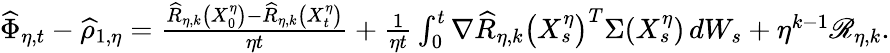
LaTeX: \begin{array}{r}{\widehat{\Phi}_{\eta,t}-\widehat{\rho}_{1,\eta}=\frac{\widehat{R}_{\eta,k}\left(X_{0}^{\eta}\right)-\widehat{R}_{\eta,k}\left(X_{t}^{\eta}\right)}{\eta t}+\frac{1}{\eta t}\int_{0}^{t}\nabla\widehat{R}_{\eta,k}\left(X_{s}^{\eta}\right)^{T}\Sigma(X_{s}^{\eta})\, dW_{s}+\eta^{k-1}\mathscr{R}_{\eta,k}.}\end{array}